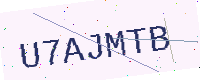
Text: U7AJMTB